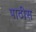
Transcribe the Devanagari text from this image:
पाठीस